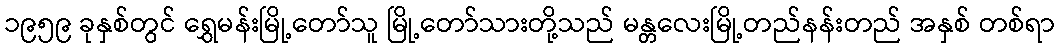
၁၉၅၉ ခုနှစ်တွင် ရွှေမန်းမြို့တော်သူ မြို့တော်သားတို့သည် မန္တလေးမြို့တည်နန်းတည် အနှစ် တစ်ရာ